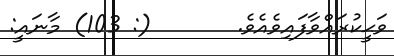
ވަޙީކުރައްވާފައިވެއެވެ.       (: 103) މާނައީ: